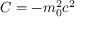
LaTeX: C = - m _ { 0 } ^ { 2 } c ^ { 2 }